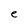
Character: e